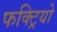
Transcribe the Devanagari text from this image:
फक्ट्रियो